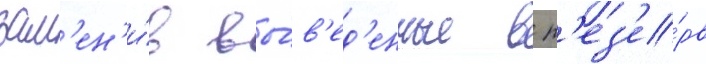
зам'ен'и́в вы́в'ед'енные в р'ез'е́рв